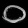
Digit: ၀